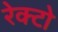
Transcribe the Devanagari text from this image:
रेक्टो